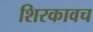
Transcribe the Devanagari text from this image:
शिरकावच